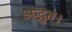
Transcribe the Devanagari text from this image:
अद्भुत।